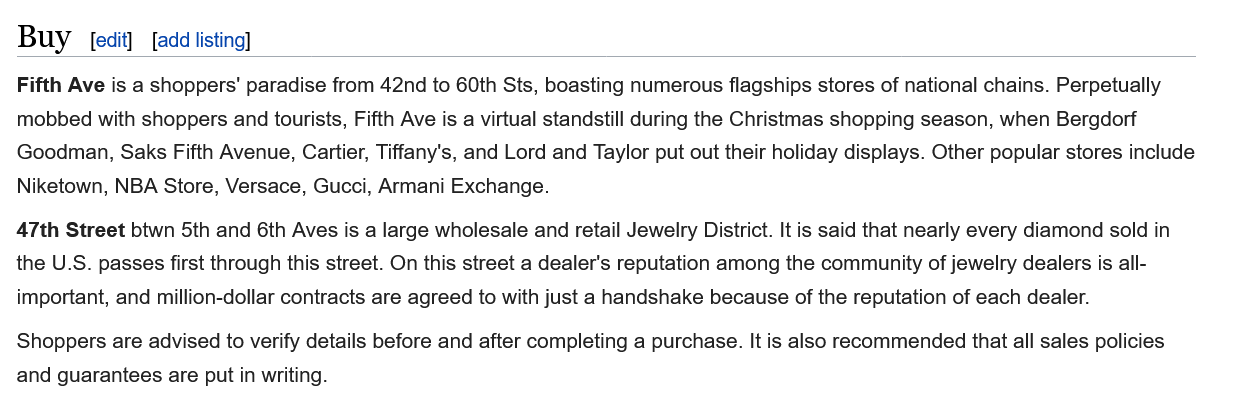
47th Street btwn 5th and 6th Aves is a large wholesale and retail Jewelry District. It is said that nearly every diamond sold in
  the U.S. passes first through this street. On this street a dealer's reputation among the community of jewelry dealers is all-
  important, and million-dollar contracts are agreed to with just a handshake because of the reputation of each dealer.
  Shoppers are advised to verify details before and after completing a purchase. It is also recommended that all sales policies
  and guarantees are put in writing.
  Buy    [edit] [add listing]
  Fifth Ave is a shoppers' paradise from 42nd to 60th Sts, boasting numerous flagships stores of national chains. Perpetually
  mobbed with shoppers and tourists, Fifth Ave is a virtual standstill during the Christmas shopping season, when Bergdorf
  Goodman,  Saks Fifth Avenue, Cartier, Tiffany's, and Lord and Taylor put out their holiday displays. Other popular stores include
  Niketown, NBA Store, Versace, Gucci, Armani Exchange.